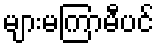
များမကြာမီပင်